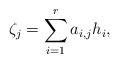
LaTeX: \begin{align*}\zeta_j=\sum_{i=1}^{r} a_{i,j} h_i,\end{align*}